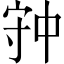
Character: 𡨌